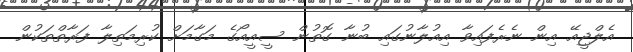
އެލްޖީއޭ އިން ނެރެފައިވާ އިއުލާނުގައި ބުނާ ގޮތުން ސީއީއޯގެ މަގާމަށް ކުރިމަތިލާ ފަރާތްތަކުން